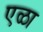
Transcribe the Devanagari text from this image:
एळा